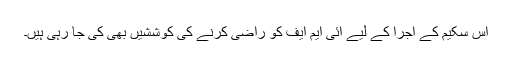
اس سکیم کے اجرا کے لیے آئی ایم ایف کو راضی کرنے کی کوششیں بھی کی جا رہی ہیں۔